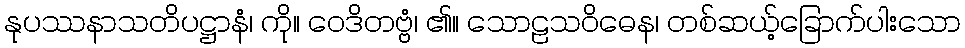
နုပဿနာသတိပဋ္ဌာနံ၊ ကို။ ဝေဒိတဗ္ဗံ၊ ၏။ သောဠသဝိဓေန၊ တစ်ဆယ့်ခြောက်ပါးသော